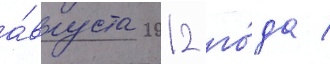
а́вгуста 2012 го́да /